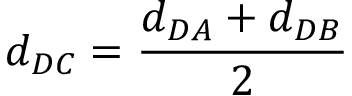
d _ { D C } = \frac { d _ { D A } + d _ { D B } } { 2 }